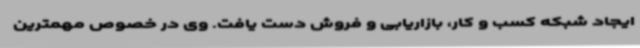
ایجاد شبکه کسب و کار، بازاریابی و فروش دست یافت. وی در خصوص مهمترین